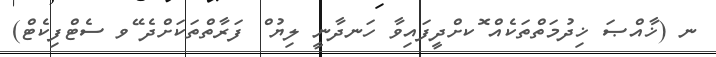
ނ (ޚާއްޞަ ޚިދުމަތްތަކެއް ޮކށްދީފައިވާ ހަނދާނީ ލިޔު ް ފަރާތްތަކަށްދެ ޭވ ސެޓްފިކެޓް)